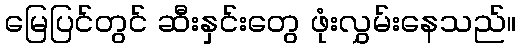
မြေပြင်တွင် ဆီးနှင်းတွေ ဖုံးလွှမ်းနေသည်။